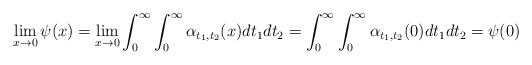
LaTeX: \begin{align*} \lim_{x \to 0} \psi (x) = \lim_{x \to 0} \int_{0}^{\infty} \int_{0}^{\infty} \alpha_{t_1,t_2} (x) dt_1 dt_2 = \int_{0}^{\infty} \int_{0}^{\infty} \alpha_{t_1,t_2} (0) dt_1 dt_2 = \psi (0) \end{align*}